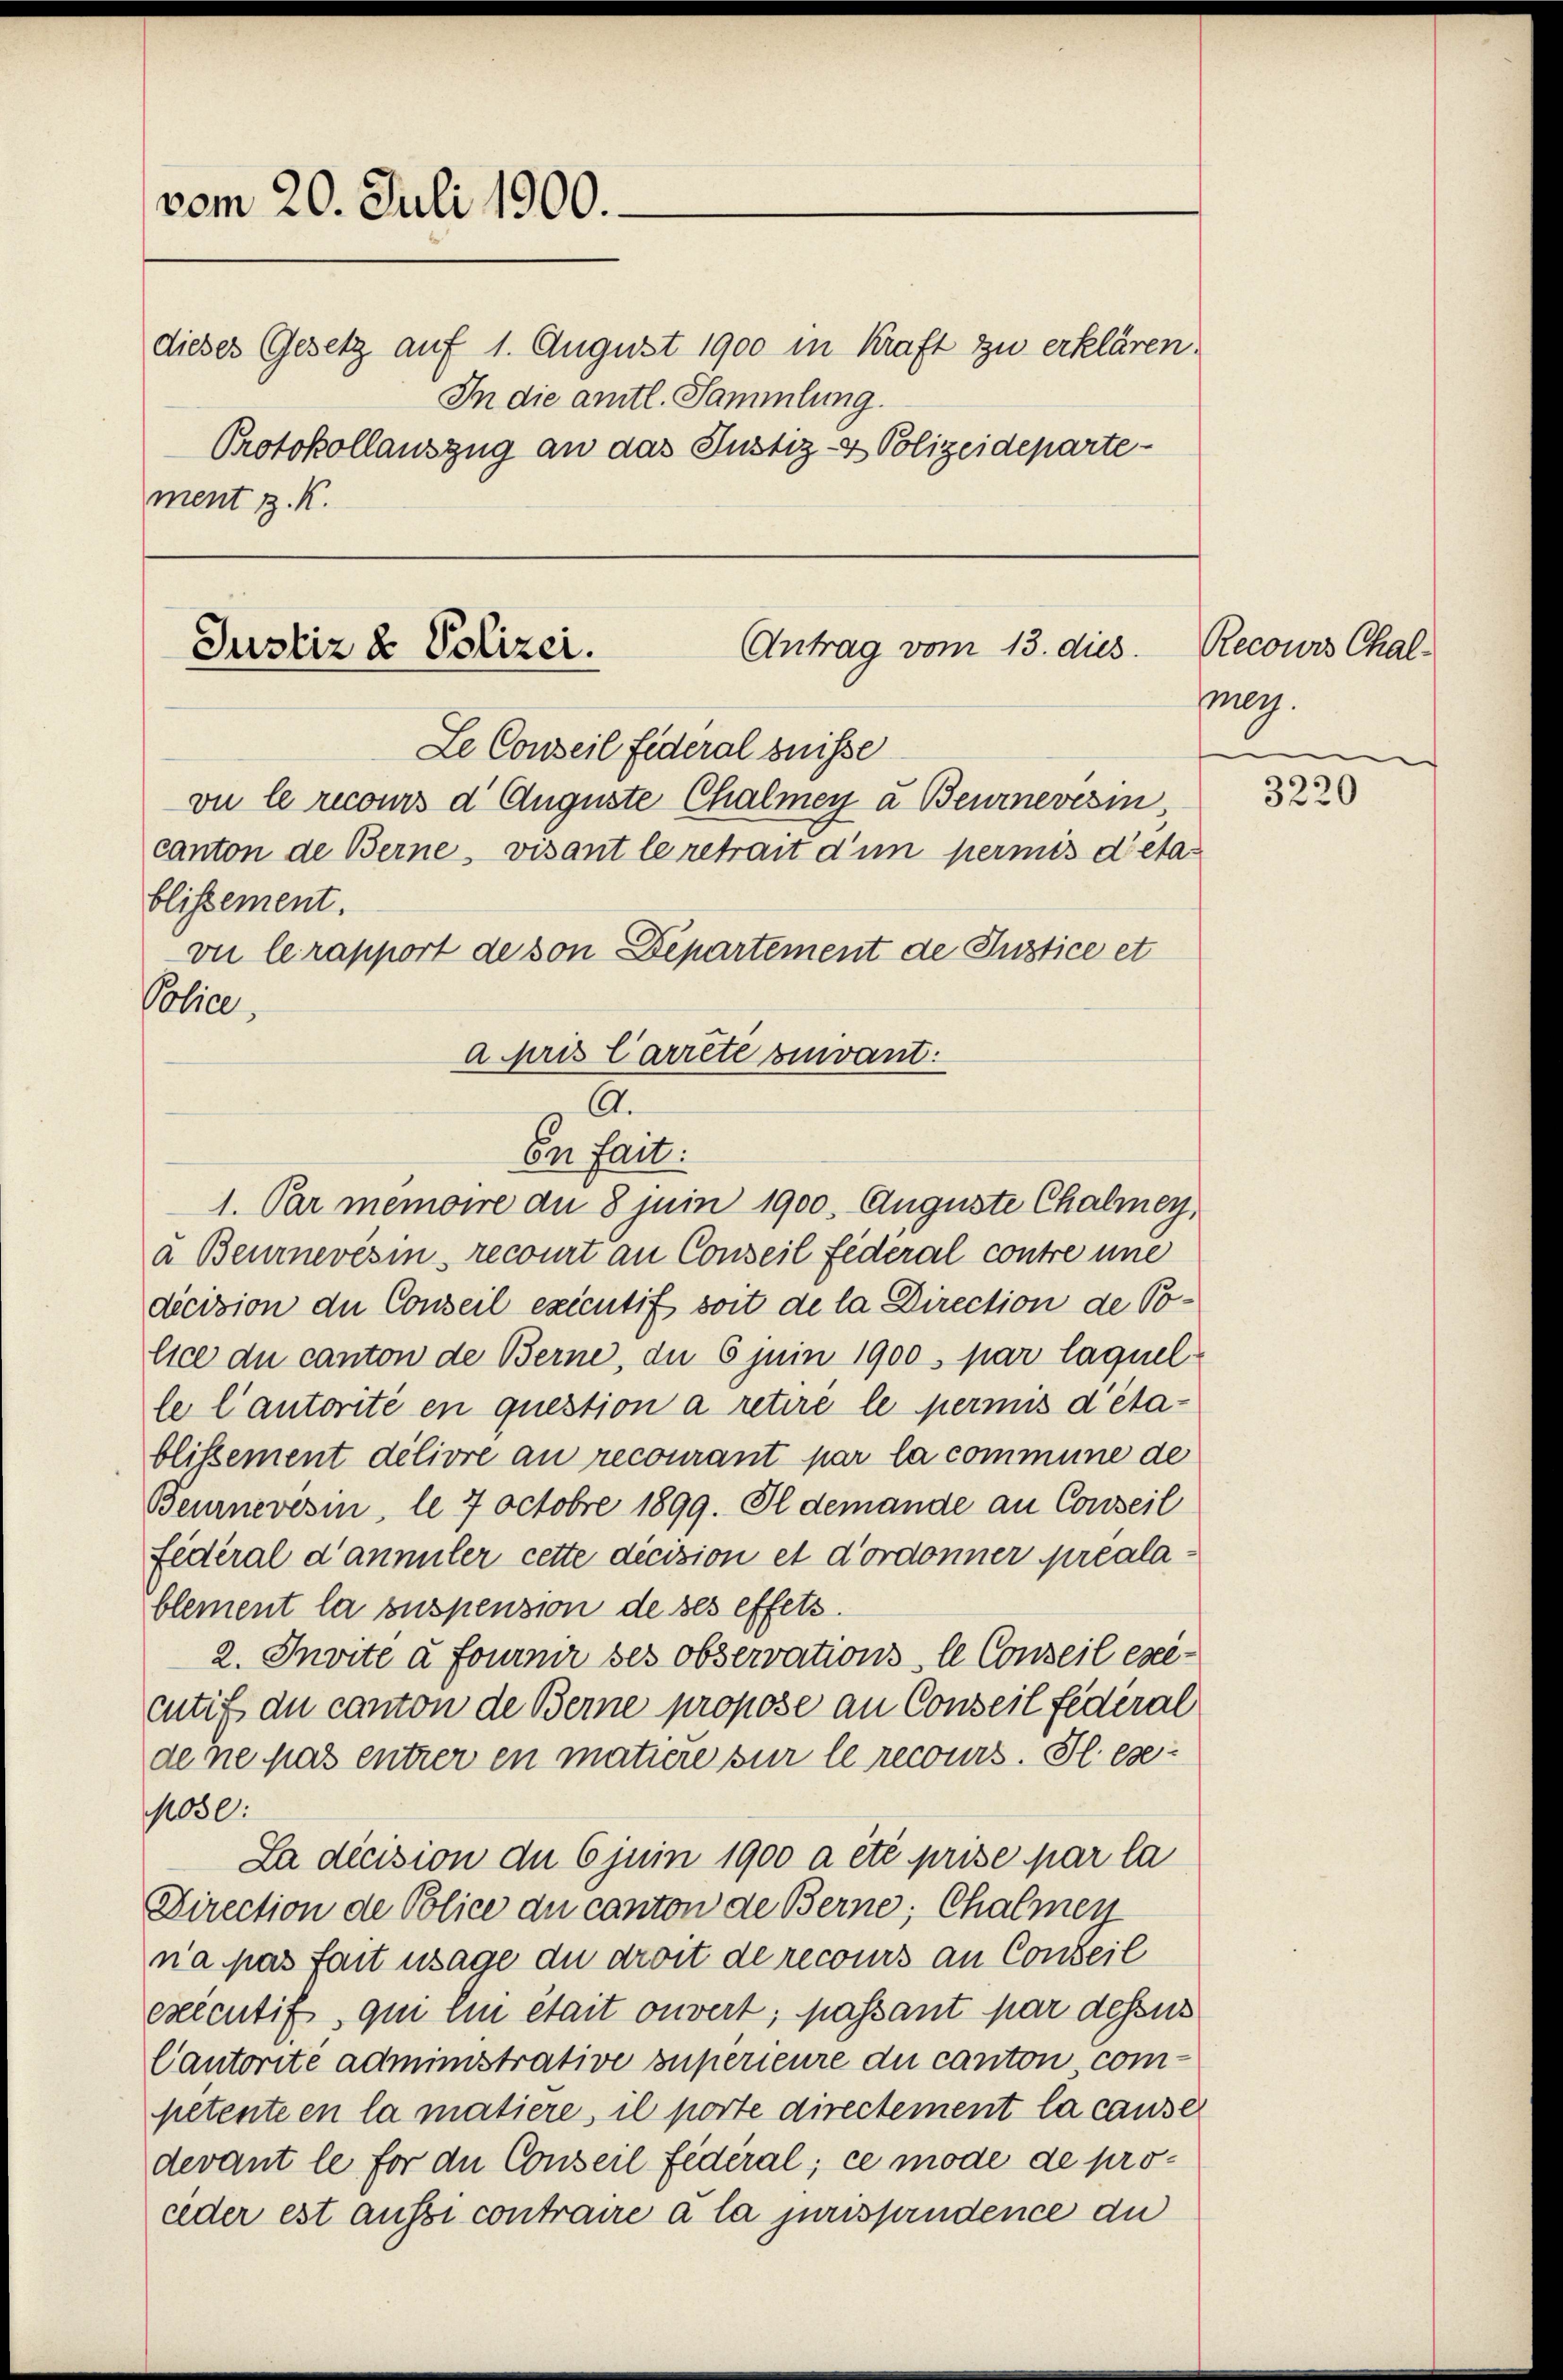
vom 20. Juli 1900.
ment z. K.

Antrag vom 13. dies
Justiz & Polizei.
Le Conseil Federal Suisse
vu le recours d. Auguste Chalmey a. Beurnevesin

canton de Berne, visant le retrait d’un permis dieta-
vie le rapport de von Departement de Justice et

A.

dieses Gesetz auf 1. August 1900 in Kraft zu erklären.
In die amtl. Sammlung.
Protokollauszug an das Justiz- & Polizeideparte¬

blissement.
Police,
a pris Carrête vivant.

bei Zeit.
1. Par memoire an 8 Juin 1900. Auguste Chalmey,
a Beurnevésin, recourt an Conseil Federal contre une
dicision der Conseil executif soit de la Direction de Police du canton de Berne, die 6 juin 1900 s par laquel
le l’autorité en question a retire le permis d’établissement délivre an recourant par la commune de
Beurnevesin, le 7 octobre 1899. Il demande an Conseil
Federal d’annuler cette decision et d’ordonner préalablement la suspension de ses effets.
2. Invite à fournir ses observations, le Conseil exicutif du canton de Berne propose an Conseil fédéral
de ne pas entrer en matiere sur le recours. Il esepose:
La décision de 6 juni 1900 a été prise par la
Direction de Police du canton de Berne; Chalmey
na pas fait usage du droit de recours an Conseil
exécutif qui en était ouvert; passant par desses
Cautorité administrative superieure du canton competente en la matiere, il porte directement la cause
devant le für die Conseil fédéral; ce mode de proceder est aussi contraire à la jurisprudence du

Recours Chal-
Mey.

3220